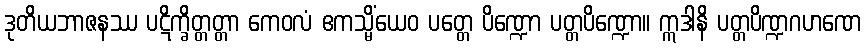
ဒုတိယဘာဇနဿ ပဋိက္ခိတ္တတ္တာ ကေဝလံ ဧကသ္မိံယေဝ ပတ္တေ ပိဏ္ဍော ပတ္တပိဏ္ဍော။ ဣဒါနိ ပတ္တပိဏ္ဍဂဟဏေ